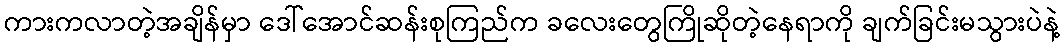
ကားကလာတဲ့အချိန်မှာ ဒေါ်အောင်ဆန်းစုကြည်က ခလေးတွေကြိုဆိုတဲ့နေရာကို ချက်ခြင်းမသွားပဲနဲ့